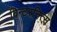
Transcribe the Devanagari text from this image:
विन्टरनित्स